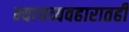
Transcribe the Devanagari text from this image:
न्यायव्यवहारातही